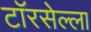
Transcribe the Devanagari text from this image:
टॉरसेल्ला